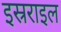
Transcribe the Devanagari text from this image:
इस्रराइल